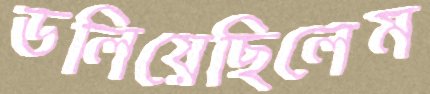
ডলিয়েছিলেম